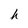
Character: h